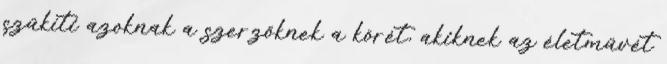
szűkíti azoknak a szerzőknek a körét, akiknek az életművét